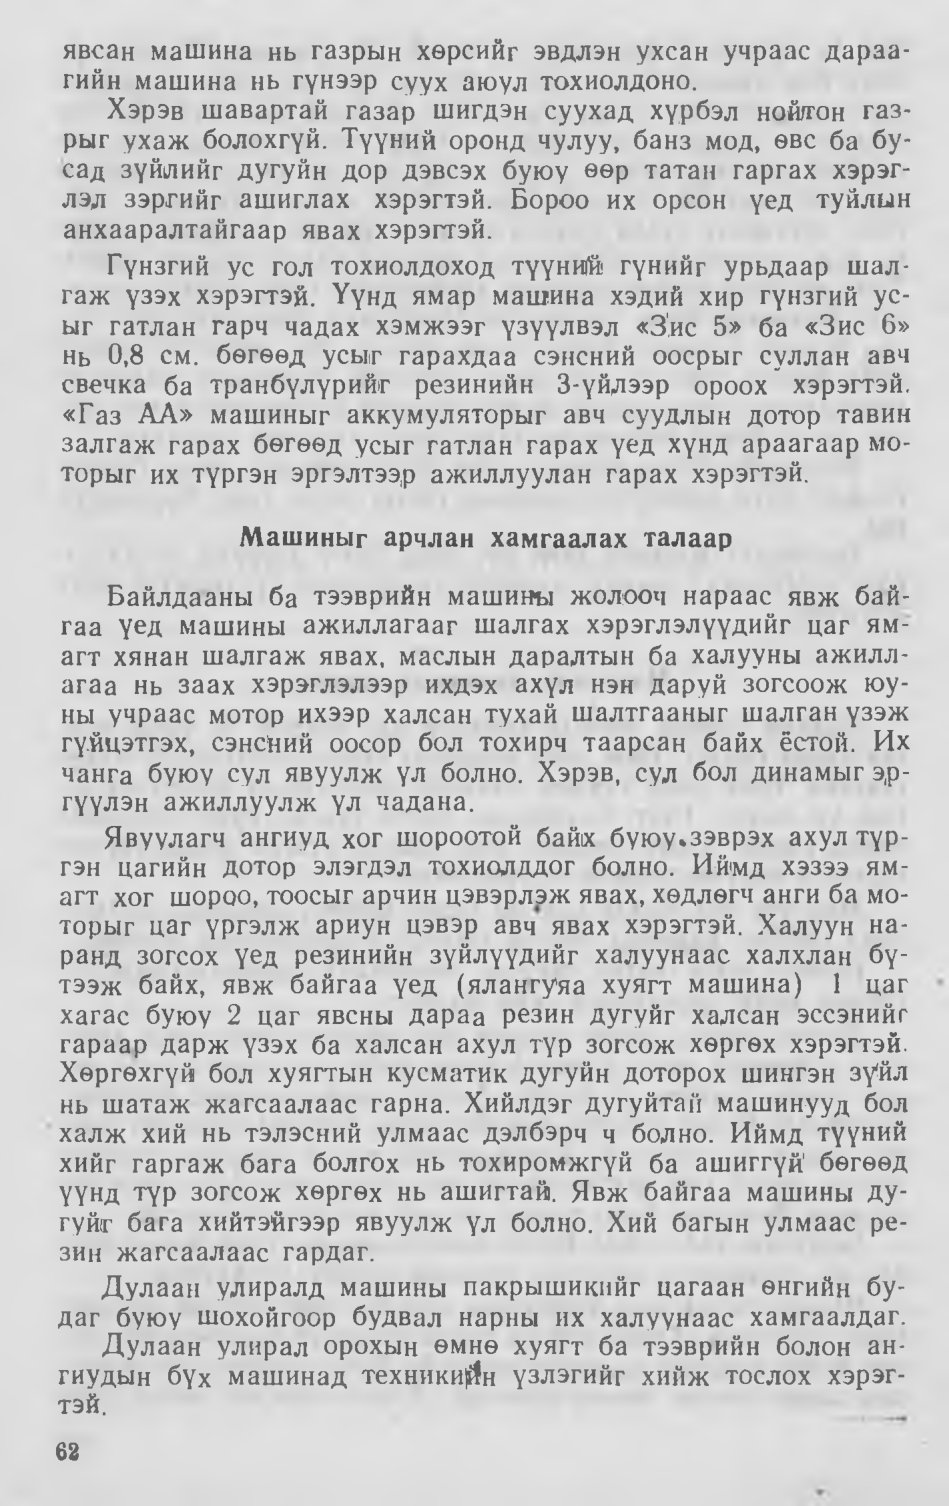
Language: mn